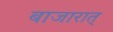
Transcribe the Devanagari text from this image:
बाजारात्‌